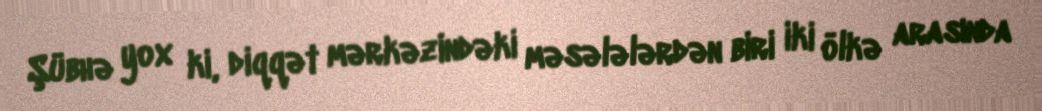
Şübhə yox ki, diqqət mərkəzindəki məsələlərdən biri iki ölkə arasında